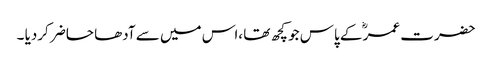
حضرت عمرؓ کے پاس جو کچھ تھا ،اس میں سے آدھا حاضر کردیا ۔